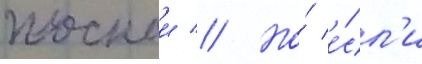
плоскои // Но́ е́сл'и